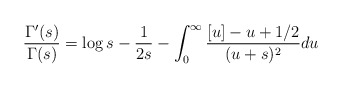
\begin{align*} \frac{\Gamma'(s)}{\Gamma(s)} = \log s - \frac{1}{2s} - \int_0^{\infty} \frac{[u]-u+1/2}{(u+s)^2}du\end{align*}